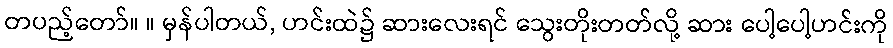
တပည့်တော်။ ။ မှန်ပါတယ်, ဟင်းထဲ၌ ဆားလေးရင် သွေးတိုးတတ်လို့ ဆား ပေါ့ပေါ့ဟင်းကို